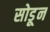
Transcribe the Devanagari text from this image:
सोडूून